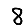
Digit: 8